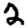
Digit: 2